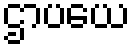
ဌာပယေ